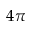
4 \pi